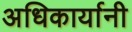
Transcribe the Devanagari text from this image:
अधिकार्यानी